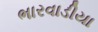
ભારવાડીયા